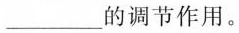
___的调节作用。